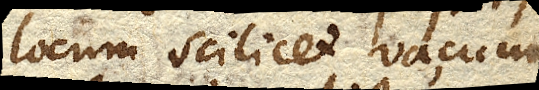
locum scilicet Vacuum